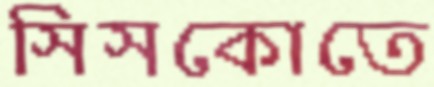
সিসকোতে